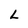
Character: L